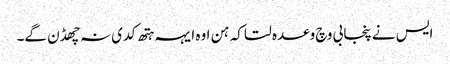
ایس نے پنجابی وچ وعدہ لتا کہ ہن اوہ ایہہ ہتھ کدی نہ چھڈن گے۔